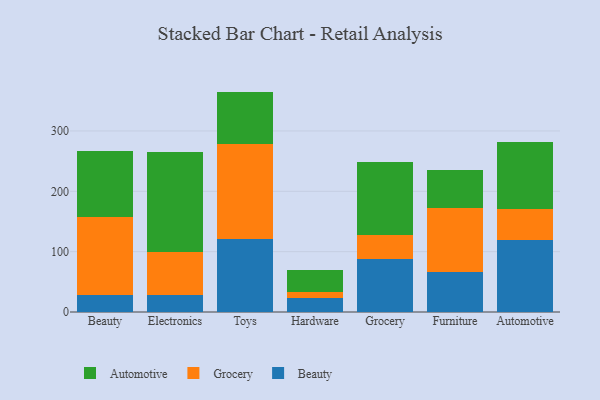
{"axis": {"x": "Category", "y": "Energy Usage (MWh)"}, "legend": ["Automotive", "Beauty", "Grocery"], "data": [{"x": "Beauty", "y": 28.2, "type": "Beauty"}, {"x": "Beauty", "y": 129.6, "type": "Grocery"}, {"x": "Beauty", "y": 108.6, "type": "Automotive"}, {"x": "Electronics", "y": 27.8, "type": "Beauty"}, {"x": "Electronics", "y": 72.0, "type": "Grocery"}, {"x": "Electronics", "y": 164.7, "type": "Automotive"}, {"x": "Toys", "y": 120.6, "type": "Beauty"}, {"x": "Toys", "y": 157.5, "type": "Grocery"}, {"x": "Toys", "y": 87.1, "type": "Automotive"}, {"x": "Hardware", "y": 23.6, "type": "Beauty"}, {"x": "Hardware", "y": 9.3, "type": "Grocery"}, {"x": "Hardware", "y": 37.0, "type": "Automotive"}, {"x": "Grocery", "y": 88.3, "type": "Beauty"}, {"x": "Grocery", "y": 38.8, "type": "Grocery"}, {"x": "Grocery", "y": 121.4, "type": "Automotive"}, {"x": "Furniture", "y": 67.0, "type": "Beauty"}, {"x": "Furniture", "y": 105.7, "type": "Grocery"}, {"x": "Furniture", "y": 63.2, "type": "Automotive"}, {"x": "Automotive", "y": 118.9, "type": "Beauty"}, {"x": "Automotive", "y": 51.9, "type": "Grocery"}, {"x": "Automotive", "y": 111.6, "type": "Automotive"}]}